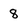
Character: 8